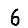
Digit: 6